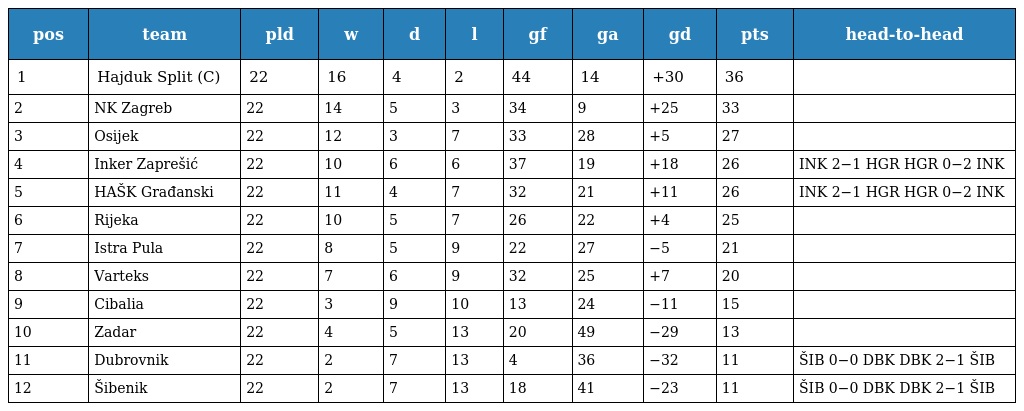
| pos | team | pld | w | d | l | gf | ga | gd | pts | head-to-head |
 | --- | --- | --- | --- | --- | --- | --- | --- | --- | --- | --- |
 | 1 | Hajduk Split (C) | 22 | 16 | 4 | 2 | 44 | 14 | +30 | 36 |  |
 | 2 | NK Zagreb | 22 | 14 | 5 | 3 | 34 | 9 | +25 | 33 |  |
 | 3 | Osijek | 22 | 12 | 3 | 7 | 33 | 28 | +5 | 27 |  |
 | 4 | Inker Zaprešić | 22 | 10 | 6 | 6 | 37 | 19 | +18 | 26 | INK 2−1 HGR HGR 0−2 INK |
 | 5 | HAŠK Građanski | 22 | 11 | 4 | 7 | 32 | 21 | +11 | 26 | INK 2−1 HGR HGR 0−2 INK |
 | 6 | Rijeka | 22 | 10 | 5 | 7 | 26 | 22 | +4 | 25 |  |
 | 7 | Istra Pula | 22 | 8 | 5 | 9 | 22 | 27 | −5 | 21 |  |
 | 8 | Varteks | 22 | 7 | 6 | 9 | 32 | 25 | +7 | 20 |  |
 | 9 | Cibalia | 22 | 3 | 9 | 10 | 13 | 24 | −11 | 15 |  |
 | 10 | Zadar | 22 | 4 | 5 | 13 | 20 | 49 | −29 | 13 |  |
 | 11 | Dubrovnik | 22 | 2 | 7 | 13 | 4 | 36 | −32 | 11 | ŠIB 0−0 DBK DBK 2−1 ŠIB |
 | 12 | Šibenik | 22 | 2 | 7 | 13 | 18 | 41 | −23 | 11 | ŠIB 0−0 DBK DBK 2−1 ŠIB |